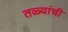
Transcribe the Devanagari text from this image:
तळ्यांची